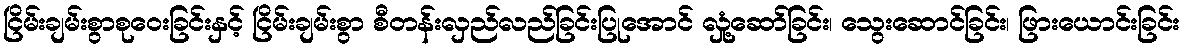
ငြိမ်းချမ်းစွာစုဝေးခြင်းနှင့် ငြိမ်းချမ်းစွာ စီတန်းလှည်လည်ခြင်းပြုအောင် လှုံ့ဆော်ခြင်း၊ သွေးဆောင်ခြင်း၊ ဖြားယောင်းခြင်း